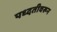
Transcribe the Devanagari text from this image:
पध्दतीवरून